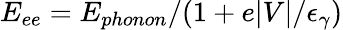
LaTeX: E_{ee}=E_{phonon}/(1+e|V|/\epsilon_{\gamma})